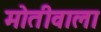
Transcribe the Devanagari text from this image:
मोतीवाला